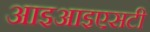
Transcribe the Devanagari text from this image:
आइआइएसटी